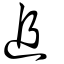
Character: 追